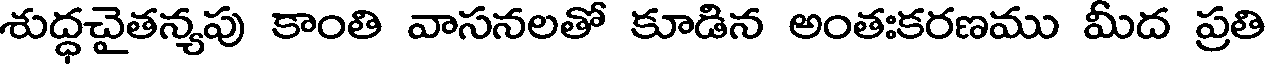
శుద్ధచైతన్యపు కాంతి వాసనలతో కూడిన అంతఃకరణము మీద ప్రతి